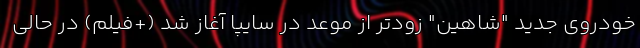
خودروی جدید "شاهین" زودتر از موعد در سایپا آغاز شد (+فیلم) در حالی